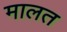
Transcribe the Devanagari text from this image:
मालत